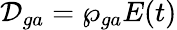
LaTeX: \mathcal{D}_{ga}=\wp_{ga}E(t)